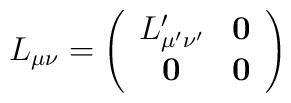
L_{\mu \nu }=\left(\begin{array}{cc}L_{\mu' \nu' }^{\prime } & \mathbf{0} \\ \mathbf{0} & \mathbf{0}\end{array}\right)